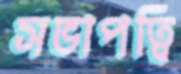
সভাপত্বি